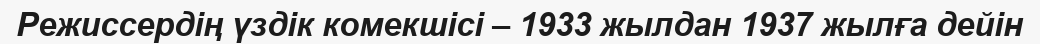
Режиссердің үздік комекшісі – 1933 жылдан 1937 жылға дейін